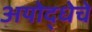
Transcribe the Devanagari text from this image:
अयोद्धेचे